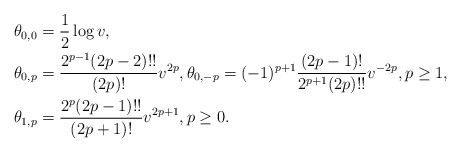
\begin{align*}&\theta_{0,0}=\frac12 \log v,\\&\theta_{0,p}=\frac{2^{p-1} (2p-2)!!}{(2p)!} v^{2p},\theta_{0,-p}=(-1)^{p+1}\frac{(2p-1)!}{2^{p+1} (2p)!!} v^{-2p},p\ge 1,\\&\theta_{1,p}=\frac{2^{p} (2p-1)!!}{(2p+1)!} v^{2p+1},p\ge 0.\end{align*}